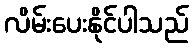
လိမ်းပေးနိုင်ပါသည်